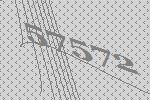
57572